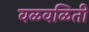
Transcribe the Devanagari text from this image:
वळवळिती